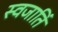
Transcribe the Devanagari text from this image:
स्वजातिं